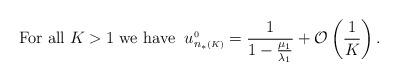
LaTeX: \begin{align*}\textup{For all}\;K>1\;\textup{we have}\;\;u_{n_*{\scriptscriptstyle (K)}}^{{\scriptscriptstyle 0}}=\frac{1}{1-\frac{\mu_1}{\lambda_1}} + \mathcal{O}\left( \frac{1}{K}\right).\end{align*}